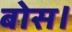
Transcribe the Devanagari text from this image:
बोस।